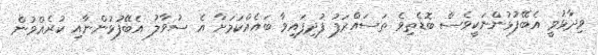
ވިދާޅުވީ އެބޭފުޅުންނަކީވެސް ބޮޑެތިވެ ތަސައްރަފު ފުދިފައިވާ ބައެއްކަމަށާ އެ ސުވާލު އެބޭފުޅުންނާއި ކުރެއްވުން